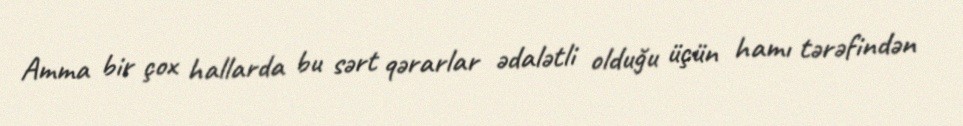
Amma bir çox hallarda bu sərt qərarlar ədalətli olduğu üçün hamı tərəfindən